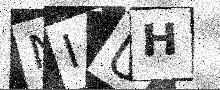
Text: NIUH